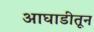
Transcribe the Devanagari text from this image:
आघाडीतून